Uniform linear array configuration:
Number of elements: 32
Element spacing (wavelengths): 0.5
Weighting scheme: blackman
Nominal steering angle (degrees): -60
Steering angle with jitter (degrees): -60.541
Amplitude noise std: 0.05
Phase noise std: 0.05

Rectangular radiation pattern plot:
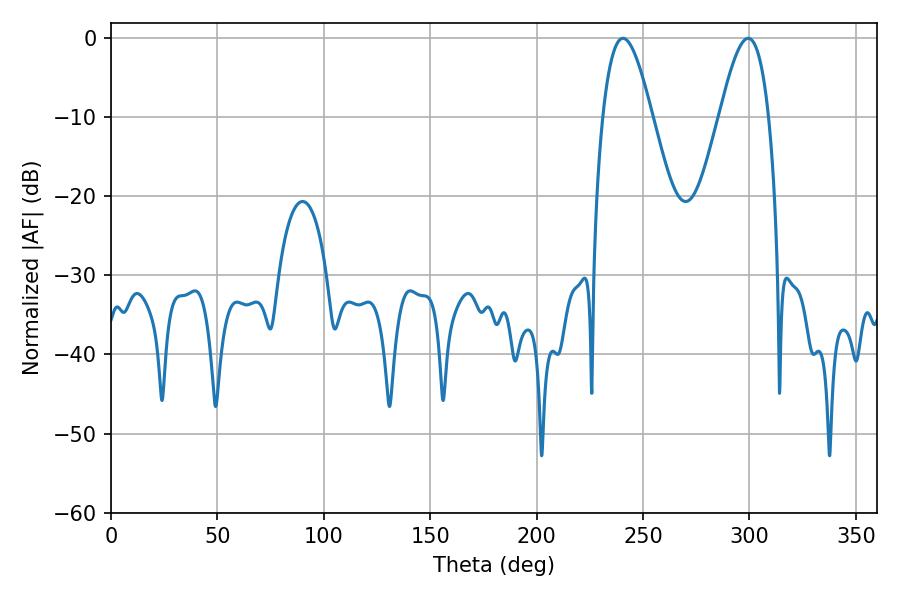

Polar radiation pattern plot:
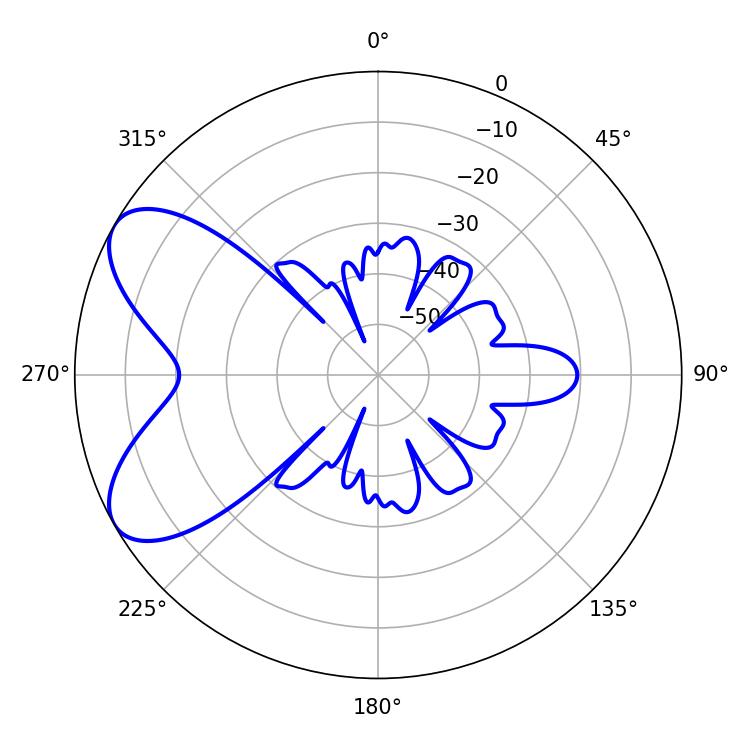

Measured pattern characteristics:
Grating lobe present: FALSE
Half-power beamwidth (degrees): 12.6
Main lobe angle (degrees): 240.66